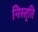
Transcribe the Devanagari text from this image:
निस्तृति